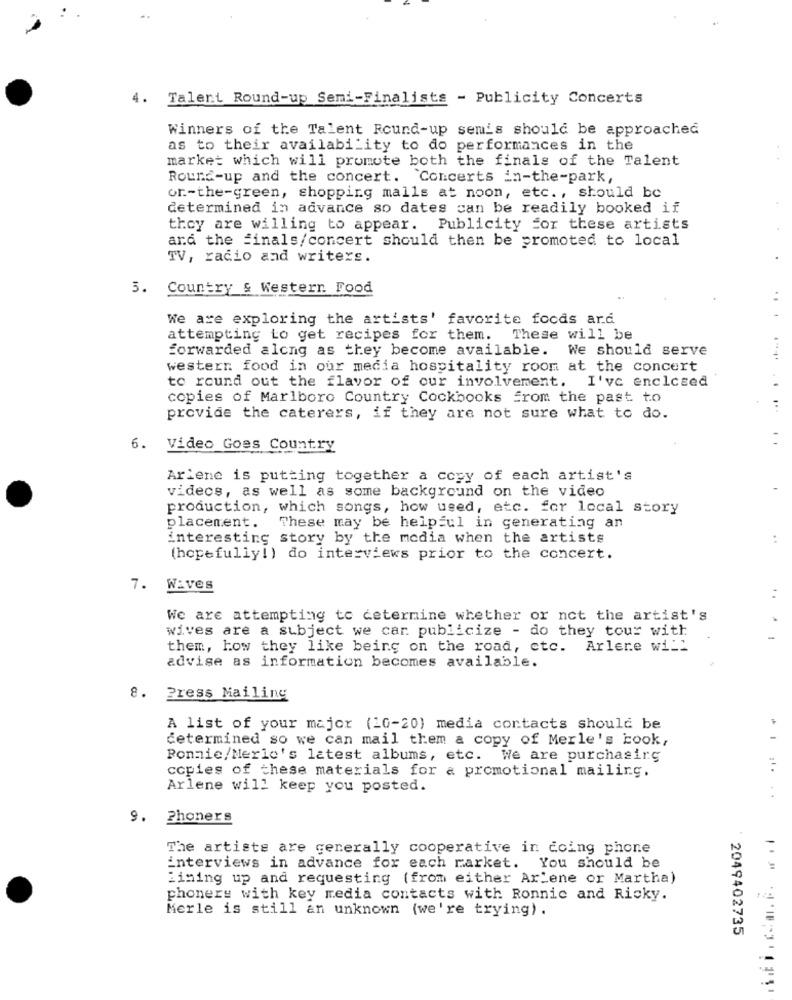
4. Talent Round-up Semi-Finalists - Publicity Concerts
Winners of the Talent Round-up semis should be approached
as to their availability to do performances in the
market which will promote both the finals of the Talent
Round-up and the concert. Concerts in-the-park,
or-the-green, shopping malls at noon, etc ., should be
determined in advance so dates can be readily booked if
they are willing to appear. Publicity for these artists
and the finals/concert should then be promoted to local
TV, radio and writers.
5.
Country & Western Food
We are exploring the artists' favorite foods ard
attempting to get recipes for them. These will be
forwarded along as they become available. We should serve
western food in our media hospitality room at the concert
to round out the flavor of our involvement. I've enclcsed
copies of Marlboro Country Cockbooks from the past to
provide the caterers, if they are not sure what to do.
6. Video Goes Country
Arlene is putting together a copy of each artist's
videcs, as well as some background on the video
production, which songs, how used, etc. for local story
placement.
These may be helpful in generating an
interesting story by the media when the artists
(hopefully!) do interviews prior to the concert.
7. Wives
We are attempting to determine whether or not the artist's
wives are a subject we car publicize - do they tour with
them, how they like being on the road, ctc. Arlere will
advise as information becomes available.
8. Press Mailing
A list of your major (10-20) media contacts should be
determined so we can mail them & copy of Merle's book,
Ronnie/Merlo's latest albums, etc. We are purchasing
copies of these materials for a promotional mailing.
Arlene will keep you posted.
9. Phoners
The artists are generally cooperative in doing phone
interviews in advance for each market.
You should be
lining up and requesting (from either Ar'ene or Martha)
phonery with key media contacts with Ronnic and Ricky.
Merle is still an unknown (we're trying) .
2049402735